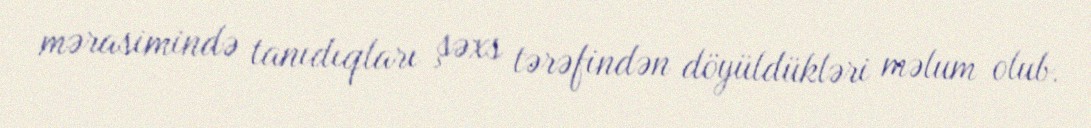
mərasimində tanıdıqları şəxs tərəfindən döyüldükləri məlum olub.